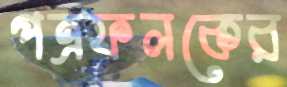
পত্রফলকের